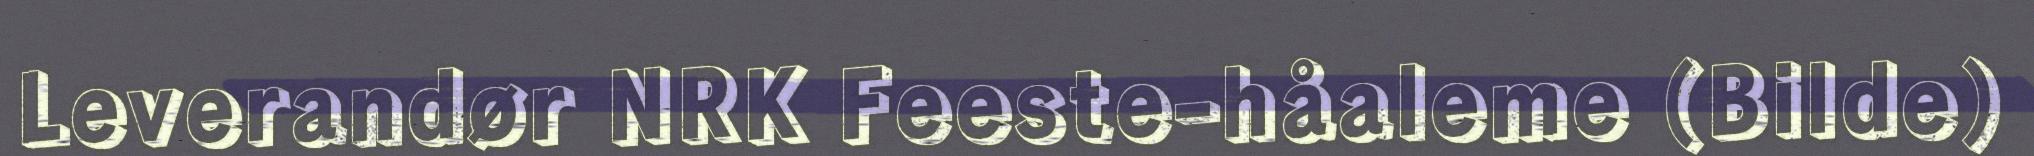
Leverandør NRK Feeste-håaleme (Bilde)